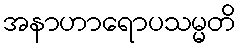
အနာဟာရောပသမ္မတိ